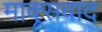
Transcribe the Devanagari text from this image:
माक्र्सवाद